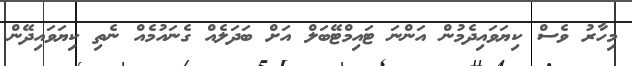
މިހާރު ވެސް ކިޔަވައިދެމުން އަންނަ ޓައިމްޓޭބަލް އަށް ބަދަލެއް ގެނައުމެއް ނެތި ކިޔަވައިދޭން